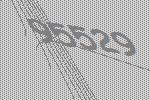
95529